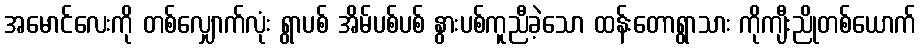
အမောင်လေးကို တစ်လျှောက်လုံး ရွာပစ် အိမ်ပစ်ပစ် နွားပစ်ကူညီခဲ့သော ထန်းတောရွာသား ကိုကျီးညိုတစ်ယောက်